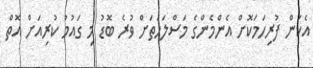
އެކަން ފުރިހަމަކޮށް އެންމެންގެ މަސްލަހަތަށް ވުރެ ބޮޑު މި ގައުމު ކުރިއަށް އޮތް